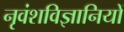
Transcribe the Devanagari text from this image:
नृवंशविज्ञानियों